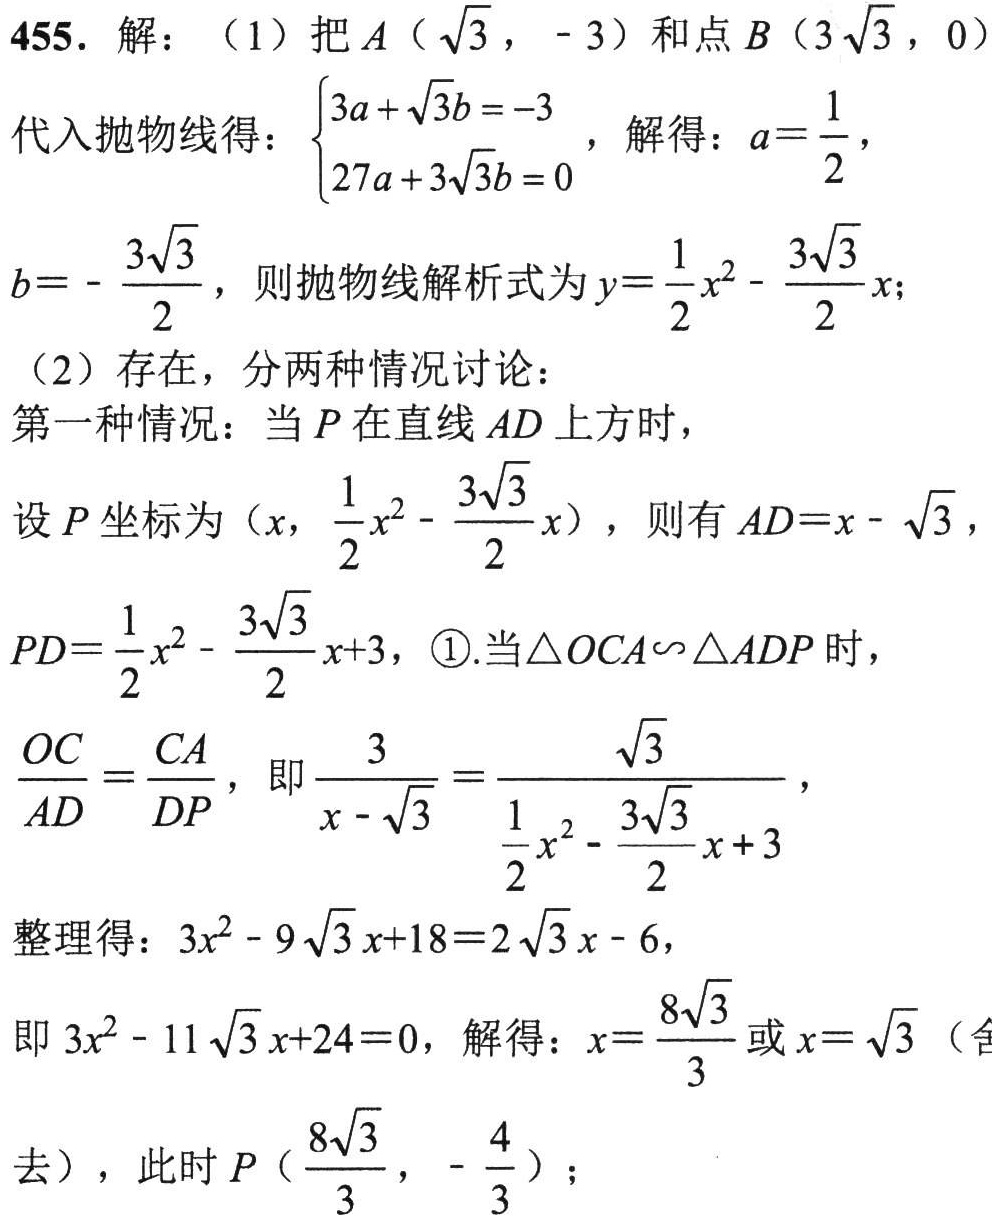
455. 解：（1）把\(A(\sqrt{3}, - 3)\)和点\(B(3\sqrt{3},0)\)代入抛物线得：\(\begin{cases}3a+\sqrt{3}b=-3\\27a + 3\sqrt{3}b = 0\end{cases}\)，解得：\(a = \frac{1}{2}\)，\(b=-\frac{3\sqrt{3}}{2}\)，则抛物线解析式为\(y = \frac{1}{2}x^{2}-\frac{3\sqrt{3}}{2}x\)；
（2）存在，分两种情况讨论：
第一种情况：当\(P\)在直线\(AD\)上方时，
设\(P\)坐标为\((x,\frac{1}{2}x^{2}-\frac{3\sqrt{3}}{2}x)\)，则有\(AD = x-\sqrt{3}\)，\(PD=\frac{1}{2}x^{2}-\frac{3\sqrt{3}}{2}x + 3\)，\textcircled{1}.当\(\triangle OCA\backsim\triangle ADP\)时，\(\frac{OC}{AD}=\frac{CA}{DP}\)，即\(\frac{3}{x - \sqrt{3}}=\frac{\sqrt{3}}{\frac{1}{2}x^{2}-\frac{3\sqrt{3}}{2}x + 3}\)，
整理得：\(3x^{2}-9\sqrt{3}x + 18 = 2\sqrt{3}x-6\)，
即\(3x^{2}-11\sqrt{3}x + 24 = 0\)，解得：\(x=\frac{8\sqrt{3}}{3}\)或\(x = \sqrt{3}\)（舍去），此时\(P(\frac{8\sqrt{3}}{3},-\frac{4}{3})\)；